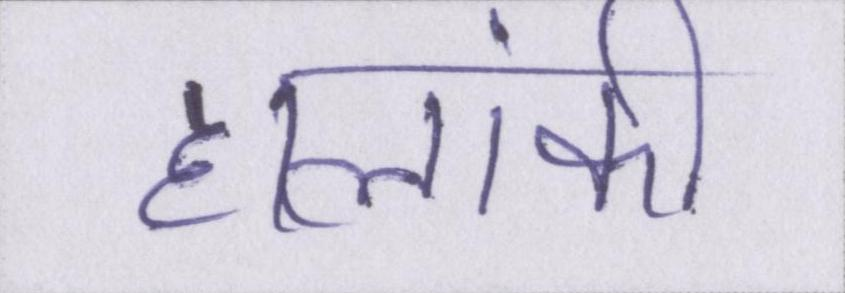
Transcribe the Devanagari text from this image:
हालांकी